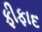
ફીફાદ